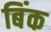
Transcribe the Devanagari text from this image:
बिंक